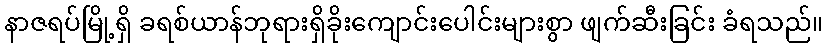
နာဇရပ်မြို့ရှိ ခရစ်ယာန်ဘုရားရှိခိုးကျောင်းပေါင်းများစွာ ဖျက်ဆီးခြင်း ခံရသည်။